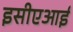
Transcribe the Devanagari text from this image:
इसीएआई